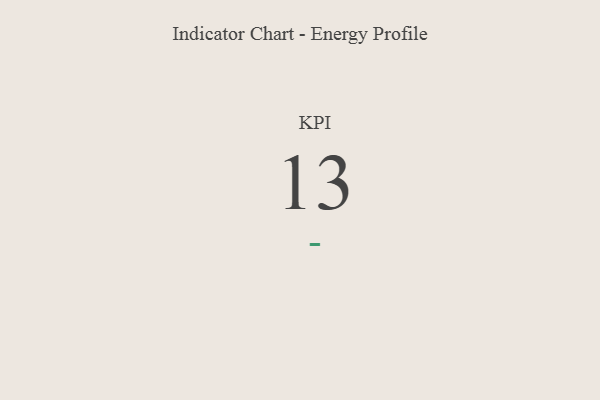
{"axis": {"x": "KPI", "y": "Value"}, "legend": [""], "data": [{"x": "KPI", "y": 13, "type": ""}]}